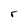
Character: r